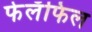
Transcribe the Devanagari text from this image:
फेलॅफिल